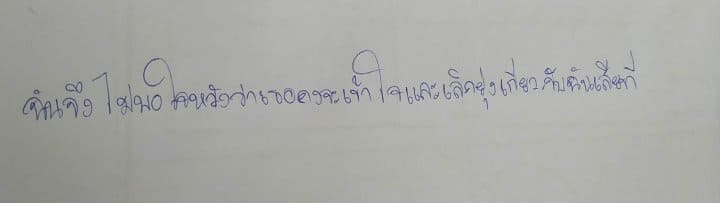
ฉันจึงไม่พอใจหวังว่าเธอคงจะเข้าใจและเลิกยุ่งเกี่ยวกับฉันเสียที